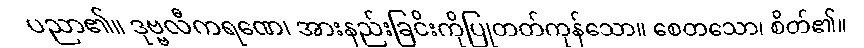
ပညာ၏။ ဒုဗ္ဗလီကရဏေ၊ အားနည်းခြငိးကိုပြုတတ်ကုန်သော။ စေတသော၊ စိတ်၏။